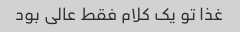
غذا تو یک کلام فقط عالی بود